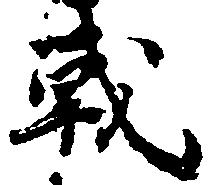
戦